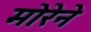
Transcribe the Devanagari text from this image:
मोरेने